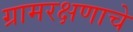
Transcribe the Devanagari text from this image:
ग्रामरक्षणाचे